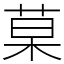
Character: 菒